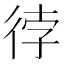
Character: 𭛫